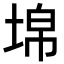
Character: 𡍈